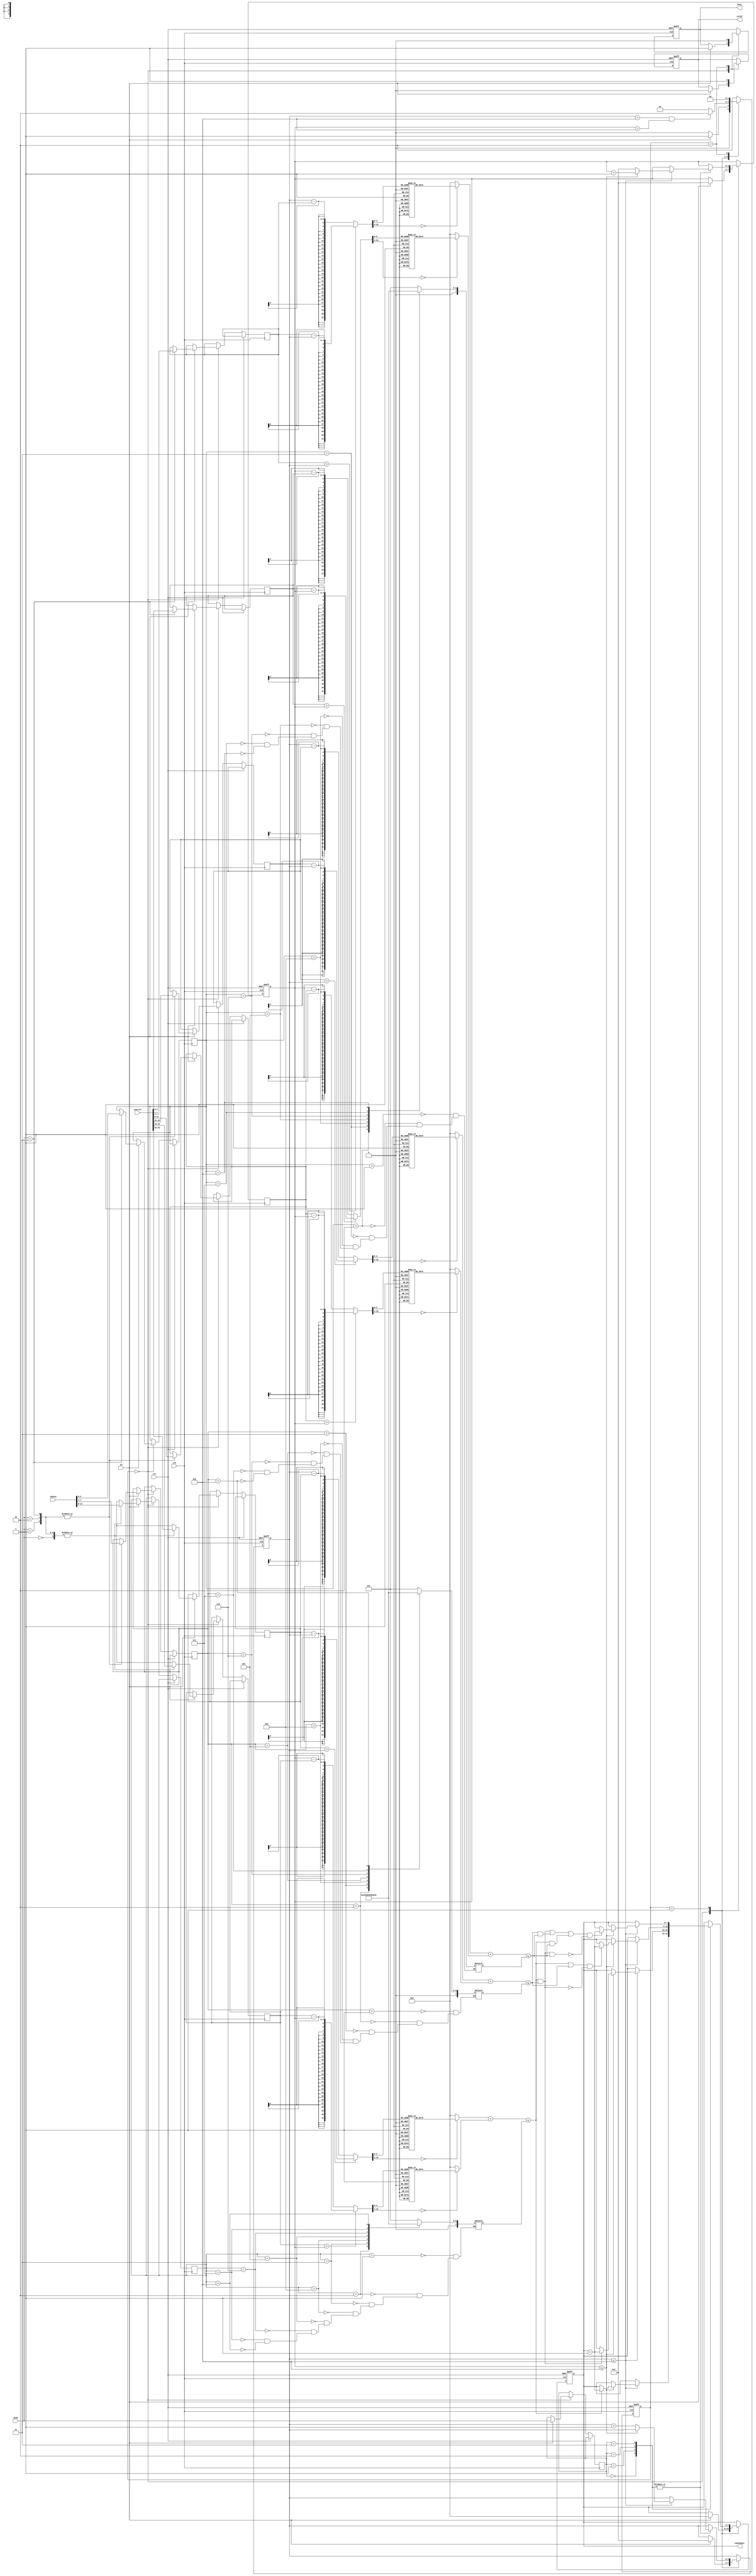
`define abs(x,i) ((x > i) ? (x - i) : (i - x))
`define is_in(x,y,r) (x + y <= r)

module SET ( clk , rst, en, central, radius, mode, busy, valid, candidate );

input clk, rst;
input en;
input [23:0] central;
input [11:0] radius;
input [1:0] mode;
output reg busy;
output reg valid;
output reg [7:0] candidate;

reg [1:0] state, NextState;
wire in_A, in_B, in_C;
reg [3:0] Ax, Ay, Bx, By, Cx, Cy;
reg [3:0] ra, rb, rc;
reg [3:0] i,j;
reg [7:0] Axp,Bxp,Cxp,Ayp,Byp,Cyp,rap,rbp,rcp;
reg [1:0] sets_mode;

//Determine the (i,j) is in the sets
assign in_A = `is_in(Axp,Ayp,rap);
assign in_B = `is_in(Bxp,Byp,rbp);
assign in_C = `is_in(Cxp,Cyp,rcp);

parameter Detection = 0;
parameter Counting = 1;
parameter Finish = 2;

parameter Mode1 = 0;
parameter Mode2 = 1;
parameter Mode3 = 2;
parameter Mode4 = 3;

//Sequential Circuit
always@(posedge clk or posedge rst)
begin
   if(rst)
   begin
     busy <= 0;
     valid <= 0;
     i <= 1;
     j <= 1;
     state <= Detection;
     candidate <= 0;
   end
   else
   begin
      state <= NextState;

      case(state)
      Detection:begin
                  if(en)
                  begin
                     candidate <= 0;
                     i <= 1;
                     j <= 1;
                     busy <= 1;
                     valid <= 0;
                     sets_mode <= mode;
                     case(mode)
                     Mode1:begin
                             Ax <= central[23:20];
                             Ay <= central[19:16];
                             ra <= radius[11:8];
                           end

                     Mode2:begin
                             Ax <= central[23:20];
                             Ay <= central[19:16];
                             ra <= radius[11:8];
                             Bx <= central[15:12];
                             By <= central[11:8];
                             rb <= radius[7:4];
                           end

                     Mode3:begin
                             Ax <= central[23:20];
                             Ay <= central[19:16];
                             ra <= radius[11:8];
                             Bx <= central[15:12];
                             By <= central[11:8];
                             rb <= radius[7:4];
                           end

                     Mode4:begin
                             Ax <= central[23:20];
                             Ay <= central[19:16];
                             ra <= radius[11:8];
                             Bx <= central[15:12];
                             By <= central[11:8];
                             rb <= radius[7:4];
                             Cx <= central[7:4];
                             Cy <= central[3:0];
                             rc <= radius[3:0];
                           end
                     endcase
                  end
                end

      Counting:begin
                 case(sets_mode)
                 Mode1:begin
                         if(i <= 8)
                         begin
                           if(j <= 8)
                           begin
                             if(in_A)
                             begin
                               candidate <= candidate + 1;
                             end
                             j <= j+1;
                           end
                           else
                           begin
                              i <= i+1;
                              j <= 1;
                           end
                         end
                       end
                 Mode2:begin
                         if(i <= 8)
                         begin
                           if(j <= 8)
                           begin
                             if(in_A && in_B)
                             begin
                               candidate <= candidate + 1;
                             end
                             j <= j+1;
                           end
                           else
                           begin
                              i <= i+1;
                              j <= 1;
                           end
                         end                       
                       end
                 Mode3:begin
                         if(i <= 8)
                         begin
                           if(j <= 8)
                           begin
                             if((in_A || in_B) && !(in_A && in_B))
                             begin
                               candidate <= candidate + 1;
                             end
                             j <= j+1;
                           end
                           else
                           begin
                              i <= i+1;
                              j <= 1;
                           end
                         end                       
                       end                 
                 Mode4:begin
                         if(i <= 8)
                         begin
                           if(j <= 8)
                           begin
                             if(((in_A && in_B) || (in_B && in_C) || (in_A && in_C)) && !(in_A && in_B && in_C))
                             begin
                               candidate <= candidate + 1;
                             end
                             j <= j+1;
                           end
                           else
                           begin
                              i <= i+1;
                              j <= 1;
                           end
                         end                       
                       end
                 endcase
               end

      Finish:begin
               valid <= 1;
               busy <= 0;
             end
 

      endcase
   end
end

//Counting power (replace the multiplier == better performance)
always@(*)
begin
     case(`abs(Ax,i))
     0: Axp = 0;
     1: Axp = 1;
     2: Axp = 4;
     3: Axp = 9;
     4: Axp = 16;
     5: Axp = 25;
     6: Axp = 36;
     7: Axp = 49;
     8: Axp = 64;
     default: Axp = 0;
     endcase

    case(`abs(Ay, j))
     0: Ayp = 0;
     1: Ayp = 1;
     2: Ayp = 4;
     3: Ayp = 9;
     4: Ayp = 16;
     5: Ayp = 25;
     6: Ayp = 36;
     7: Ayp = 49;
     8: Ayp = 64;
     default: Ayp = 0;
     endcase

    case(`abs(Bx, i))
     0: Bxp = 0;
     1: Bxp = 1;
     2: Bxp = 4;
     3: Bxp = 9;
     4: Bxp = 16;
     5: Bxp = 25;
     6: Bxp = 36;
     7: Bxp = 49;
     8: Bxp = 64;
     default: Bxp = 0;
     endcase

    case(`abs(By, j))
     0: Byp = 0;
     1: Byp = 1;
     2: Byp = 4;
     3: Byp = 9;
     4: Byp = 16;
     5: Byp = 25;
     6: Byp = 36;
     7: Byp = 49;
     8: Byp = 64;
     default: Byp = 0;
     endcase

    case(`abs(Cx, i))
     0: Cxp = 0;
     1: Cxp = 1;
     2: Cxp = 4;
     3: Cxp = 9;
     4: Cxp = 16;
     5: Cxp = 25;
     6: Cxp = 36;
     7: Cxp = 49;
     8: Cxp = 64;
     default: Cxp = 0;
     endcase


    case(`abs(Cy, j))
     0: Cyp = 0;
     1: Cyp = 1;
     2: Cyp = 4;
     3: Cyp = 9;
     4: Cyp = 16;
     5: Cyp = 25;
     6: Cyp = 36;
     7: Cyp = 49;
     8: Cyp = 64;
     default: Cyp = 0;
     endcase

    case(ra)
     1: rap = 1;
     2: rap = 4;
     3: rap = 9;
     4: rap = 16;
     5: rap = 25;
     6: rap = 36;
     7: rap = 49;
     8: rap = 64;
     endcase

    case(rb)
     1: rbp = 1;
     2: rbp = 4;
     3: rbp = 9;
     4: rbp = 16;
     5: rbp = 25;
     6: rbp = 36;
     7: rbp = 49;
     8: rbp = 64;
     endcase

    case(rc)
     1: rcp = 1;
     2: rcp = 4;
     3: rcp = 9;
     4: rcp = 16;
     5: rcp = 25;
     6: rcp = 36;
     7: rcp = 49;
     8: rcp = 64;
     endcase
end

//State Machine
always@(*)
begin
   case(state)
   Detection:begin
                if(en)
                  NextState = Counting;
                else
                  NextState = Detection;
             end

   Counting:begin
              if(i == 8 && j == 8)
                NextState = Finish;
              else
                NextState = Counting;
            end

   Finish:begin
             NextState = Detection;
          end

   default:begin
             NextState = Finish;
           end
   endcase
end


endmodule